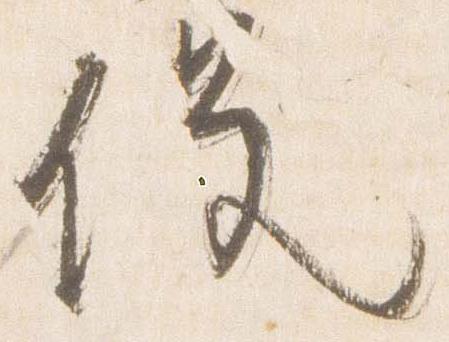
役